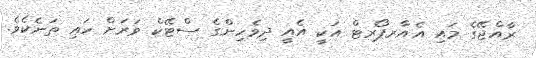
ރާއްޖޭގެ މައި އެއާރޕޯރޓް އަކީ އެއީ ދިވެހިންގެ ސްޓޭކް ވަރަށް ހައި ތަނެކެވެ.